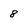
Character: 8